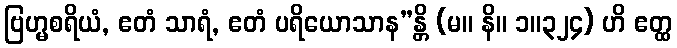
ဗြဟ္မစရိယံ, ဧတံ သာရံ, ဧတံ ပရိယောသာန”န္တိ (မ။ နိ။ ၁။၃၂၄) ဟိ ဧတ္ထ